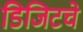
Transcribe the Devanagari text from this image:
डिजिटचे